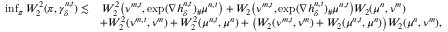
\begin{array} { r l } { \operatorname* { i n f } _ { \pi } W _ { 2 } ^ { 2 } ( \pi , \gamma _ { \delta } ^ { n , t } ) \lesssim } & { \, W _ { 2 } ^ { 2 } \big ( \nu ^ { m , t } , \exp ( \nabla h _ { \delta } ^ { n , t } ) _ { \# } \mu ^ { n , t } \big ) + W _ { 2 } \big ( \nu ^ { m , t } , \exp ( \nabla h _ { \delta } ^ { n , t } ) _ { \# } \mu ^ { n , t } \big ) W _ { 2 } ( \mu ^ { n } , \nu ^ { m } ) } \\ & { + W _ { 2 } ^ { 2 } ( \nu ^ { m , t } , \nu ^ { m } ) + W _ { 2 } ^ { 2 } ( \mu ^ { n , t } , \mu ^ { n } ) + \big ( W _ { 2 } ( \nu ^ { m , t } , \nu ^ { m } ) + W _ { 2 } ( \mu ^ { n , t } , \mu ^ { n } ) \big ) W _ { 2 } ( \mu ^ { n } , \nu ^ { m } ) , } \end{array}